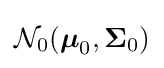
{\mathcal {N}}_{0}({\boldsymbol {\mu }}_{0},{\boldsymbol {\Sigma }}_{0})